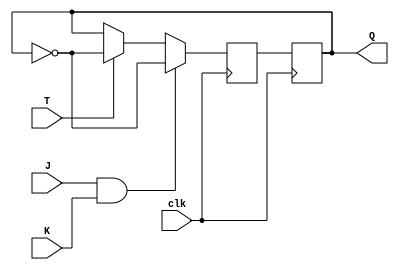
module t_flip_flop (
    input T,
    input J,
    input K,
    input clk,
    output reg Q
);

reg Q_next;

always @(posedge clk) begin
    if (J & K) begin
        Q_next <= ~Q;
    end else if (T) begin
        Q_next <= ~Q;
    end else begin
        Q_next <= Q;
    end
end

always @(posedge clk) begin
    Q <= Q_next;
end

endmodule